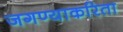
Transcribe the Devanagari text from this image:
जगण्याकरिता